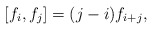
\begin{align*}[f_i,f_j]=(j-i)f_{i+j},\end{align*}